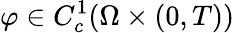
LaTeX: \varphi\in C_{c}^{1}(\Omega\times(0,T))